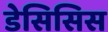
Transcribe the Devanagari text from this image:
डेसिसिस